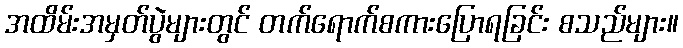
အထိမ်းအမှတ်ပွဲများတွင် တက်ရောက်စကားပြောရခြင်း စသည်များ။